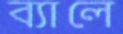
ব্যালে